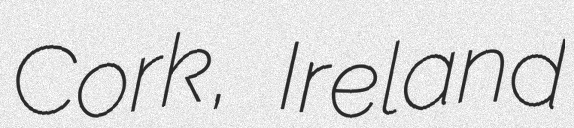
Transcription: Cork, Ireland